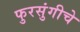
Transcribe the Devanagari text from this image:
फुरसुंगीचे